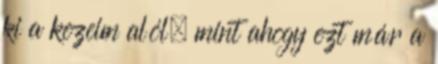
ki a kezeim alól, mint ahogy ezt már a